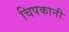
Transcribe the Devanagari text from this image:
चिपकानी